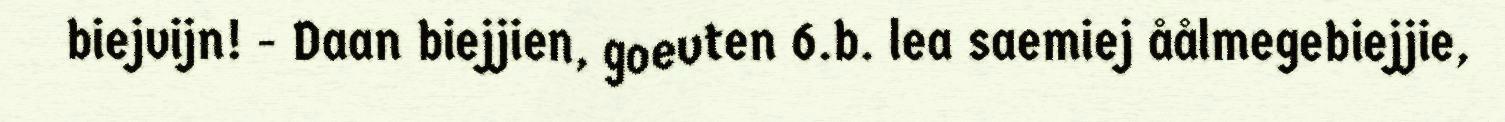
biejvijn! - Daan biejjien, goevten 6.b. lea saemiej åålmegebiejjie,